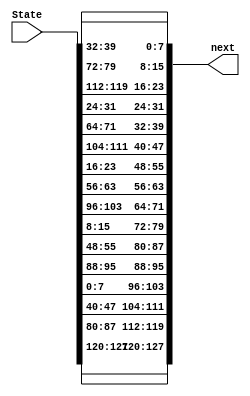
module shiftrow127(
    input [0:127] State,
    output [0:127] next 
);


///////////////////////////
assign next[0:7]=State[0:7];
assign next[32:39]=State[32:39];
assign next[64:71]=State[64:71];
assign next[96:103]=State[96:103];
///////////////////////////
assign next[8:15]=State[40:47];
assign next[40:47]=State[72:79];
assign next[72:79]=State[104:111];
assign next[104:111]=State[8:15];
//////////////////////////////
assign next[16:23]=State[80:87];
assign next[48:55]=State[112:119];
assign next[80:87]=State[16:23];
assign next[112:119]=State[48:55];
//////////////////////////////
assign next[24:31]=State[120:127];
assign next[56:63]=State[24:31];
assign next[88:95]=State[56:63];
assign next[120:127]=State[88:95];
	

endmodule